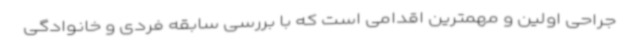
جراحی اولین و مهمترین اقدامی است که با بررسی سابقه فردی و خانوادگی